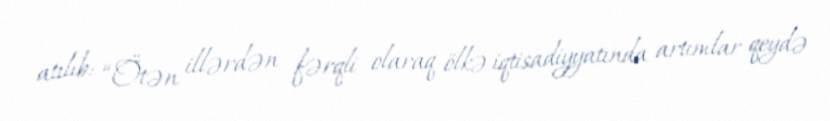
atılıb: “Ötən illərdən fərqli olaraq ölkə iqtisadiyyatında artımlar qeydə